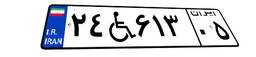
۵۳W۱۹۷۶۹